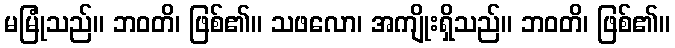
မမြုံသည်။ ဘဝတိ၊ ဖြစ်၏။ သဖလော၊ အကျိုးရှိသည်။ ဘဝတိ၊ ဖြစ်၏။